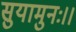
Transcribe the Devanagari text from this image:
सुयामुनः।।